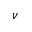
\nu